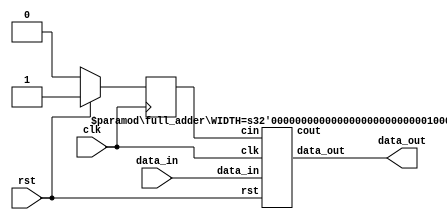
module full_adder_top #(parameter WIDTH=32) (clk,rst,data_in,data_out);
    input clk;
    input rst;
    input [WIDTH-1:0] data_in;
    output [WIDTH-1:0] data_out;

    reg cin;
    wire [WIDTH-1:0] d_out;
    wire cout;
    
        
    always @ (posedge clk) begin
        if (!rst)
            cin <= 0;
        else
            cin <= 1;
    end

    full_adder #(.WIDTH(WIDTH)) full_adder_inst (.clk(clk),.rst(rst),.data_in(data_in),.data_out(d_out),.cin(cin),.cout(cout));


    assign data_out = d_out;
//    assign cout=cout;
endmodule

module full_adder #(parameter WIDTH=32)(
    input clk,
    input rst,
    input cin,
    input [WIDTH-1:0] data_in,
    output reg [WIDTH-1:0] data_out,
    output reg cout
    );
    
    reg [15:0] a,b;
    reg c;
    
    always @(posedge clk) begin
        if (rst) begin
            a<=0;
            b<=0;
            c<=0;
            cout <= 0;
            data_out <= 0;
        end else begin
            a <= data_in[15:0];
            b <= data_in[31:16];
            c <= cin;
            data_out <= a^b^c;
            cout <= (a & b)|(c & b)|(a & c);
        end
            
    end
endmodule